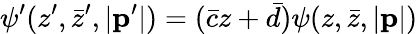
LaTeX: \psi^{\prime}(z^{\prime},\bar{z}^{\prime},|{\mathbf p}^{\prime}|)=(\bar{c}z+\bar{d})\psi(z,\bar{z},|{\mathbf p}|)